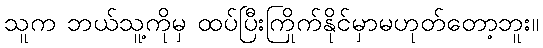
သူက ဘယ်သူ့ကိုမှ ထပ်ပြီးကြိုက်နိုင်မှာမဟုတ်တော့ဘူး။